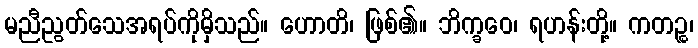
မညီညွတ်သေအရပ်ကိုမှိသည်။ ဟောတိ၊ ဖြစ်၏။ ဘိက္ခဝေ၊ ရဟန်းတို့။ ကတဉ္စ၊